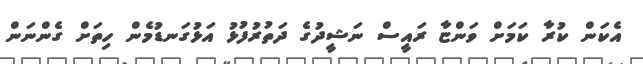
އެކަން ކުރާ ކަމަށް ވަންޏާ ރައީސް ނަޝީދުގެ ދަތުރުފުޅު އަޅުގަނޑުމެން ހިތަށް ގެންނަން